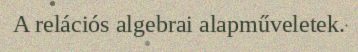
A relációs algebrai alapműveletek.